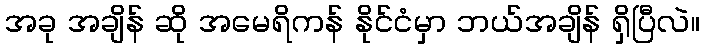
အခု အချိန် ဆို အမေရိကန် နိုင်ငံမှာ ဘယ်အချိန် ရှိပြီလဲ။